[Report on the health of British troops in the Madras command]
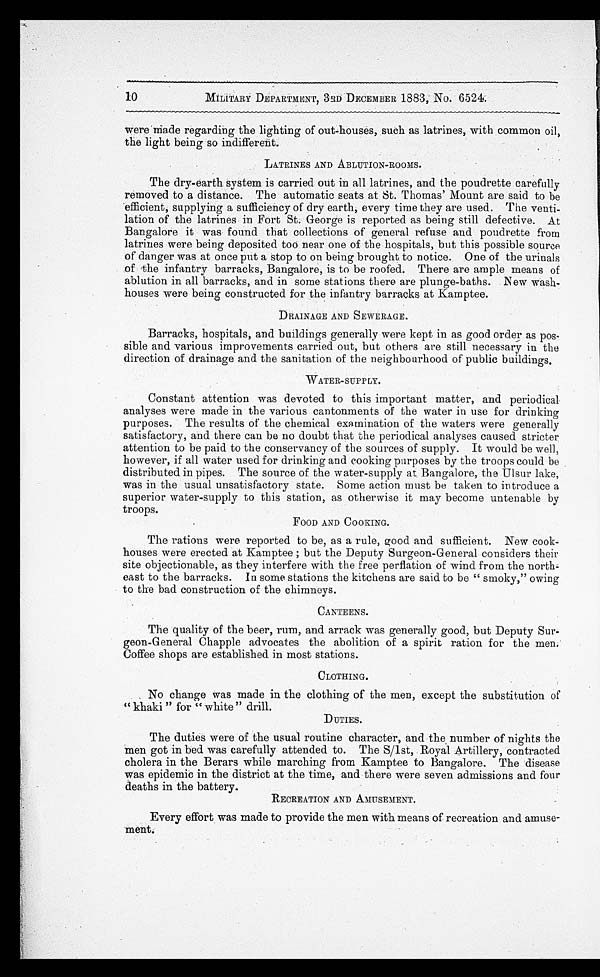
10
MILITARY DEPARTMENT, 3RD DECEMBER 1883, No. 6524.
were made regarding the lighting of out-houses, such as latrines, with common oil,
the light being so indifferent.
LATRINES AND ABLUTION-ROOMS.
The dry-earth system is carried out in all latrines, and the poudrette carefully
removed to a distance. The automatic seats at St. Thomas' Mount are said to be
efficient, supplying a sufficiency of dry earth, every time they are used. The venti
-lation of the latrines in Fort St. George is reported as being still defective. At
Bangalore it was found that collections of general refuse and poudrette from
latrines were being deposited too near one of the hospitals, but this possible source
of danger was at once put a stop to on being brought to notice. One of the urinals
of the infantry barracks, Bangalore, is to be roofed. There are ample means of
ablution in all barracks, and in some stations there are plunge-baths. New wash
-houses were being constructed for the infantry barracks at Kamptee.
DRAINAGE AND SEWERAGE.
Barracks, hospitals, and buildings generally were kept in as good order as pos
-sible and various improvements carried out, but others are still necessary in the
direction of drainage and the sanitation of the neighbourhood of public buildings.
WATER-SUPPLY.
Constant attention was devoted to this important matter, and periodical
analyses were made in the various cantonments of the water in use for drinking
purposes. The results of the chemical examination of the waters were generally
satisfactory, and there can be no doubt that the periodical analyses caused stricter
attention to be paid to the conservancy of the sources of supply. It would be well,
however, if all water used for drinking and cooking purposes by the troops could be
distributed in pipes. The source of the water-supply at Bangalore, the Ulsur lake,
was in the usual unsatisfactory state. Some action must be taken to introduce a
superior water-supply to this station, as otherwise it may become untenable by
troops.
FOOD AND COOKING.
The rations were reported to be, as a rule, good and sufficient. New cook
-houses were erected at Kamptee ; but the Deputy Surgeon-General considers their
site objectionable, as they interfere with the free perflation of wind from the north-
east to the barracks. In some stations the kitchens are said to be "smoky," owing
to the bad construction of the chimneys.
CANTEENS.
The quality of the beer, rum, and arrack was generally good, but Deputy Sur
-geon-General Chapple advocates the abolition of a spirit ration for the men.
Coffee shops are established in most stations.
CLOTHING.
No change was made in the clothing of the men, except the substitution of
"khaki " for "white" drill.
DUTIES.
The duties were of the usual routine character, and the number of nights the
men got in bed was carefully attended to. The S/lst, Royal Artillery, contracted
cholera in the Berars while marching from Kamptee to Bangalore. The disease
was epidemic in the district at the time, and there were seven admissions and four
deaths in the battery.
RECREATION AND AMUSEMENT.
Every effort was made to provide the men with means of recreation and amuse
-ment.